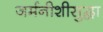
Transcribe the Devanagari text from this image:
जर्मनीशीसुद्धा